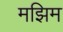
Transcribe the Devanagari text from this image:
मझिम